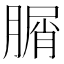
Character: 𦞚